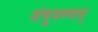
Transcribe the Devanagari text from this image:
अंचुवण्णम्